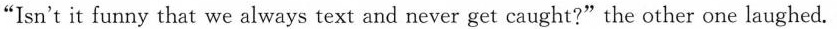
"Isn't it funny that we always text and never get caught?" the other one laughed.